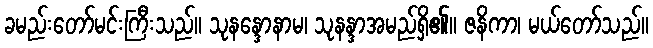
ခမည်းတော်မင်းကြီးသည်။ သုနန္ဒောနာမ၊ သုနန္ဒာအမည်ရှိ၏။ ဇနိကာ၊ မယ်တော်သည်။